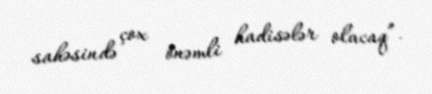
sahəsində çox önəmli hadisələr olacaq”.